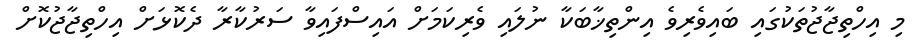
މި އިހްތިޖާޖުތަކުގައި ބައިވެރިވެ އިންތިޚާބަކާ ނުލައި ވެރިކަމަށް އައިސްފައިވާ ސަރުކާރާ ދެކޮޅަށް އިހްތިޖާޖުކޮށް